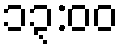
၁၃:၀၀